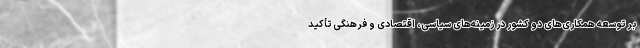
بر توسعه همکاری‌های دو کشور در زمینه‌های سیاسی، اقتصادی و فرهنگی تأکید